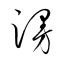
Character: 謾